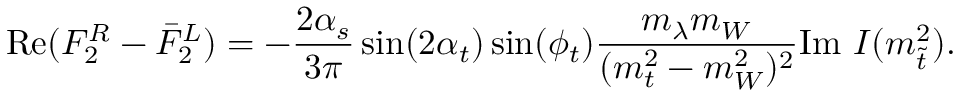
\mathrm { R e } ( F _ { 2 } ^ { R } - \bar { F } _ { 2 } ^ { L } ) = - \frac { 2 \alpha _ { s } } { 3 \pi } \sin ( 2 \alpha _ { t } ) \sin ( \phi _ { t } ) \frac { m _ { \lambda } m _ { W } } { ( m _ { t } ^ { 2 } - m _ { W } ^ { 2 } ) ^ { 2 } } \mathrm { I m ~ } { \cal I } ( m _ { \tilde { t } } ^ { 2 } ) .